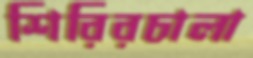
শিরিরচালা